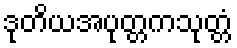
ဒုတိယအပုတ္တကသုတ္တံ